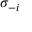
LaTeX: \sigma _ { - i }